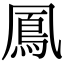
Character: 鳳